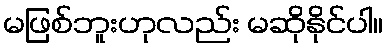
မဖြစ်ဘူးဟုလည်း မဆိုနိုင်ပါ။